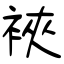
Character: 裌